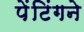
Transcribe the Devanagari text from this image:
पेंटिंगने